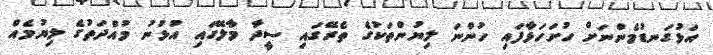
އަޅުގަނޑުމެންނަށް ހުށަހަޅާފައި ހުންނަ ލިޔުންތަކުގެ ތެރޭގައި ސީދާ މާލޭގައި އުޅުނު މުއްދަތުގެ ލިޔުމެއް